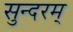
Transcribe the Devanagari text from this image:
सुन्‍दरम्